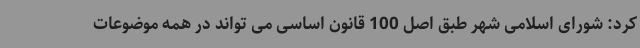
کرد: شورای اسلامی شهر طبق اصل 100 قانون اساسی می تواند در همه موضوعات